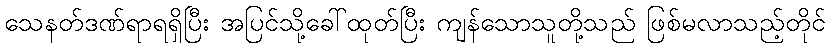
သေနတ်ဒဏ်ရာရရှိပြီး အပြင်သို့ခေါ်ထုတ်ပြီး ကျန်သောသူတို့သည် ဖြစ်မလာသည့်တိုင်